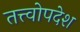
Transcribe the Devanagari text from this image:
तत्त्वोपदेश